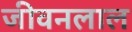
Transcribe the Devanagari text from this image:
जीवनलाल